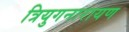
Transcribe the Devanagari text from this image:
त्रियुगनारायण